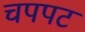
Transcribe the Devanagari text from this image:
चपपट